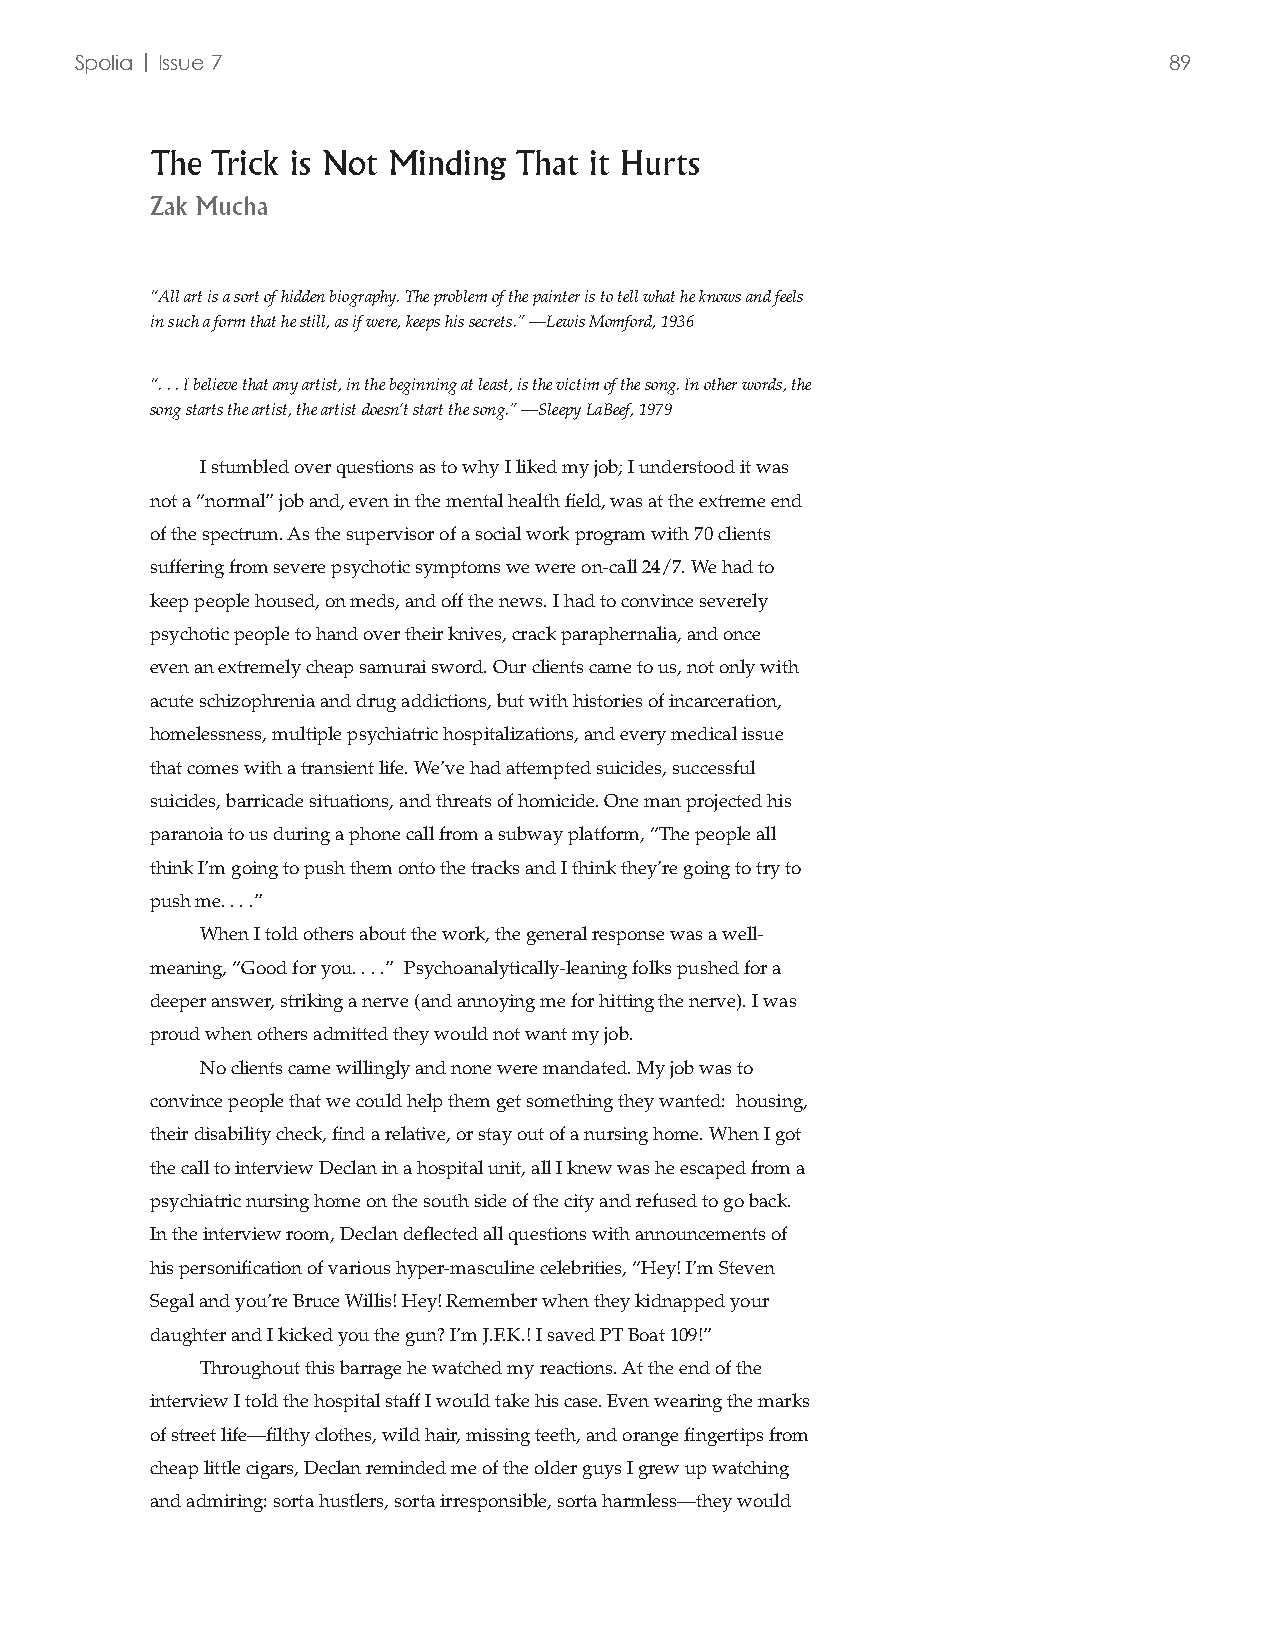
Spolia | Issue 7                                                        89
 The Trick is Not Minding That it Hurts
 Zak Mucha
 “All art is a sort of hidden biography. The problem of the painter is to tell what he knows and feels
 in such a form that he still, as if were, keeps his secrets.” —Lewis Momford, 1936
 “. . . I believe that any artist, in the beginning at least, is the victim of the song. In other words, the
 song starts the artist, the artist doesn’t start the song.” —Sleepy LaBeef, 1979
 I stumbled over questions as to why I liked my job; I understood it was
 not a “normal” job and, even in the mental health field, was at the extreme end
 of the spectrum. As the supervisor of a social work program with 70 clients
 suffering from severe psychotic symptoms we were on-call 24/7. We had to
 keep people housed, on meds, and off the news. I had to convince severely
 psychotic people to hand over their knives, crack paraphernalia, and once
 even an extremely cheap samurai sword. Our clients came to us, not only with
 acute schizophrenia and drug addictions, but with histories of incarceration,
 homelessness, multiple psychiatric hospitalizations, and every medical issue
 that comes with a transient life. We’ve had attempted suicides, successful
 suicides, barricade situations, and threats of homicide. One man projected his
 paranoia to us during a phone call from a subway platform, “The people all
 think I’m going to push them onto the tracks and I think they’re going to try to
 push me. . . .”
 When I told others about the work, the general response was a well-
 meaning, “Good for you. . . .” Psychoanalytically-leaning folks pushed for a
 deeper answer, striking a nerve (and annoying me for hitting the nerve). I was
 proud when others admitted they would not want my job.
 No clients came willingly and none were mandated. My job was to
 convince people that we could help them get something they wanted: housing,
 their disability check, find a relative, or stay out of a nursing home. When I got
 the call to interview Declan in a hospital unit, all I knew was he escaped from a
 psychiatric nursing home on the south side of the city and refused to go back.
 In the interview room, Declan deflected all questions with announcements of
 his personification of various hyper-masculine celebrities, “Hey! I’m Steven
 Segal and you’re Bruce Willis! Hey! Remember when they kidnapped your
 daughter and I kicked you the gun? I’m J.F.K.! I saved PT Boat 109!”
 Throughout this barrage he watched my reactions. At the end of the
 interview I told the hospital staff I would take his case. Even wearing the marks
 of street life—filthy clothes, wild hair, missing teeth, and orange fingertips from
 cheap little cigars, Declan reminded me of the older guys I grew up watching
 and admiring: sorta hustlers, sorta irresponsible, sorta harmless—they would